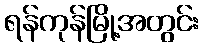
ရန်ကုန်မြို့အတွင်း